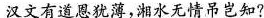
汉文有道恩犹薄，湘水无情吊岂知?